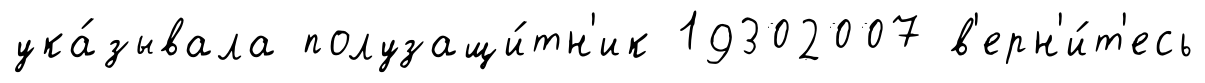
ука́зывала полузащи́тн'ик 19302007 в'ерн'и́т'есь